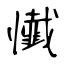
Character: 懴